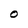
Character: O